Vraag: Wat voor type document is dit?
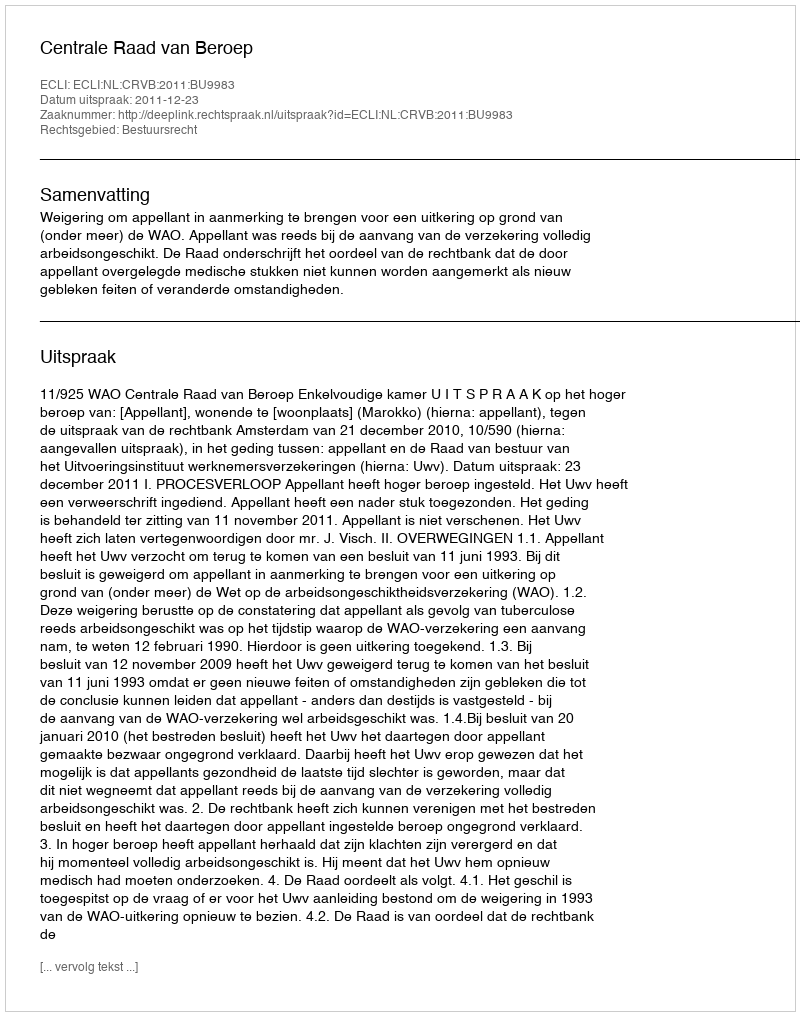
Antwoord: Uitspraak